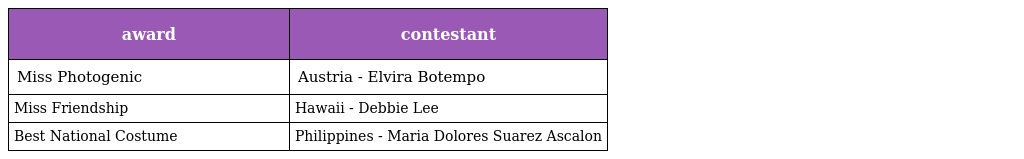
| award | contestant |
 | --- | --- |
 | Miss Photogenic | Austria - Elvira Botempo |
 | Miss Friendship | Hawaii - Debbie Lee |
 | Best National Costume | Philippines - Maria Dolores Suarez Ascalon |